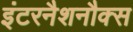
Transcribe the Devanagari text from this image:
इंटरनैशनौक्स